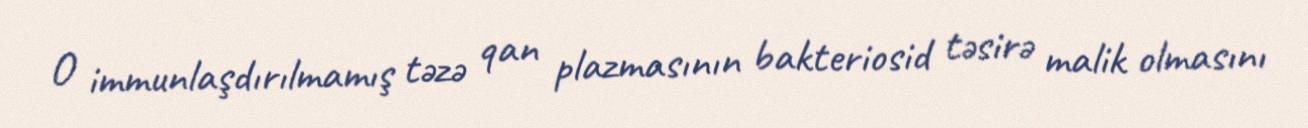
O immunlaşdırılmamış təzə qan plazmasının bakteriosid təsirə malik olmasını